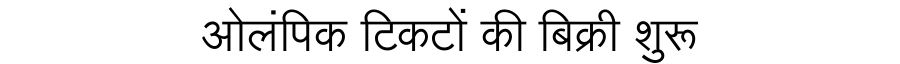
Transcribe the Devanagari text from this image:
ओलंपिक टिकटों की बिक्री शुरू